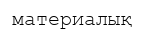
материалық